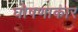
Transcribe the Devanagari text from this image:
घोषणाकार